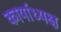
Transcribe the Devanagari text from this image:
कार्याध्‍यक्ष